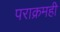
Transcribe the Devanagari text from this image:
पराक्रमही